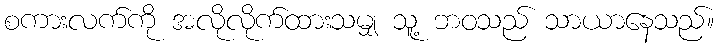
စကားလက်ကို အလိုလိုက်ထားသမျှ သူ့ ဘဝသည် သာယာနေသည်။